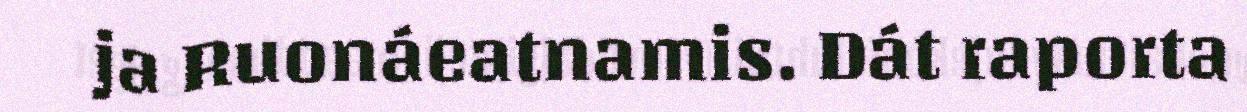
ja Ruonáeatnamis. Dát raporta